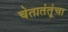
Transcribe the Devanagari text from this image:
चेतातंतूंचा